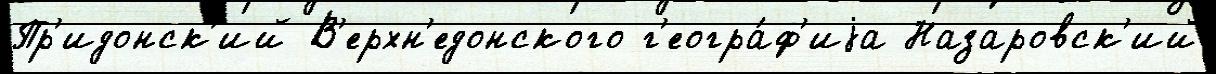
Пр'идонск'ий В'ерхн'едонского г'еогра́ф'иjа Назаровск'ий